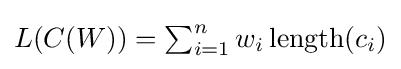
{\textstyle L(C(W))=\sum _{i=1}^{n}w_{i}\operatorname {length} (c_{i})}